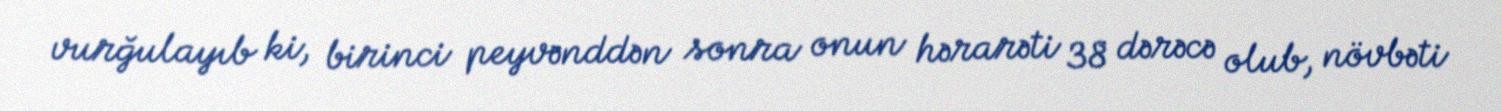
vurğulayıb ki, birinci peyvənddən sonra onun hərarəti 38 dərəcə olub, növbəti